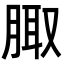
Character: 𦝒